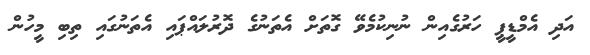
އަދި އެމްޑީޕީ ހަރުގެއިން ނުނިކުމެވޭ ގޮތަށް އެތަނުގެ ދޮރުލައްޕައި އެތަނުގައި ތިބި މީހުން